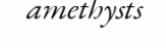
amethysts